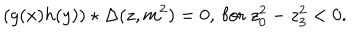
( g ( x ) h ( y ) ) \star \Delta ( z , m ^ { 2 } ) = 0 , ~ \mathrm { f o r } ~ z _ { 0 } ^ { 2 } - z _ { 3 } ^ { 2 } < 0 .